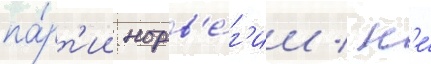
па́рт'ии норв'е́г'ии / н'е́